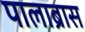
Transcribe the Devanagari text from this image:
पालाब्रास